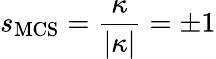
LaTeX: s_{\mathrm{MCS}}=\frac{\kappa}{|\kappa|}=\pm 1